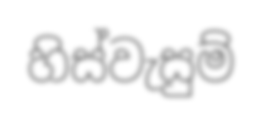
හිස්වැසුම්